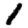
Digit: 1